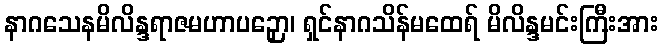
နာဂသေနမိလိန္ဒရာဇမဟာပဉှော၊ ရှင်နာဂသိန်မထေရ် မိလိန္ဒမင်းကြီးအား